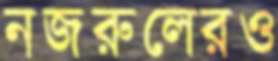
নজরুলেরও